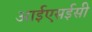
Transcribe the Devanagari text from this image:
आईएसईसी